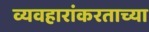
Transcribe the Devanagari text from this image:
व्यवहारांकरताच्या